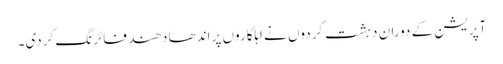
آپریشن کے دوران دہشت گردوں نے اہلکاروں پر اندھا دھند فائرنگ کردی۔